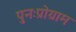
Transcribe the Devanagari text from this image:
पुनःप्रोग्राम